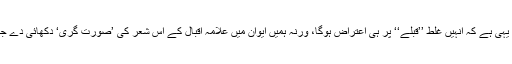
لگتا یہی ہے کہ انہیں غلط ’’قبلے‘‘ پر ہی اعتراض ہوگا، ورنہ ہمیں ایوان میں علامہ اقبال کے اس شعر کی ’صورت گری‘ دکھائی دے جاتی!